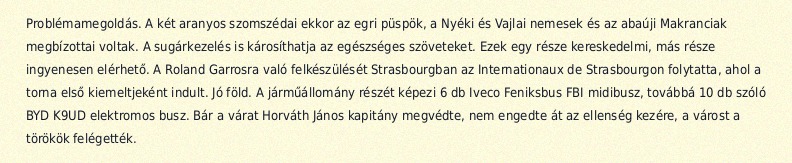
Problémamegoldás. A két aranyos szomszédai ekkor az egri püspök, a Nyéki és Vajlai nemesek és az abaúji Makranciak megbízottai voltak. A sugárkezelés is károsíthatja az egészséges szöveteket. Ezek egy része kereskedelmi, más része ingyenesen elérhető. A Roland Garrosra való felkészülését Strasbourgban az Internationaux de Strasbourgon folytatta, ahol a torna első kiemeltjeként indult. Jó föld. A járműállomány részét képezi 6 db Iveco Feniksbus FBI midibusz, továbbá 10 db szóló BYD K9UD elektromos busz. Bár a várat Horváth János kapitány megvédte, nem engedte át az ellenség kezére, a várost a törökök felégették.